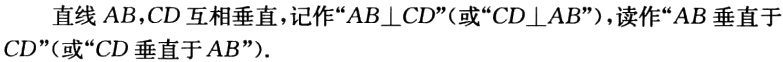
直线 \(AB,CD\) 互相垂直，记作“\(AB\perp CD\)”（或“\(CD\perp AB\)”），读作“\(AB\) 垂直于 \(CD\)”（或“\(CD\) 垂直于 \(AB\)”）.